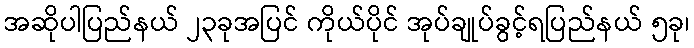
အဆိုပါပြည်နယ် ၂၃ခုအပြင် ကိုယ်ပိုင် အုပ်ချုပ်ခွင့်ရပြည်နယ် ၅ခု၊